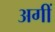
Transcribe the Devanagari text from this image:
अगीं